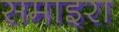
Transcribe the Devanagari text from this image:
समाइरा